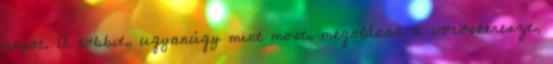
napot. A többit, ugyanúgy mint most, megoldaná a vöröskereszt,